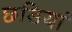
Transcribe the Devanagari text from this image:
छडियां